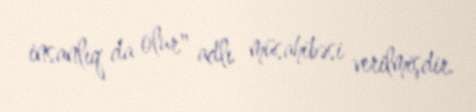
insanlıq da olur" adlı müsahibəsi verilmişdir.